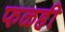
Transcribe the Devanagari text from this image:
फळही